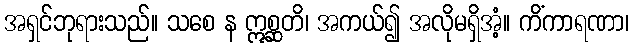
အရှင်ဘုရားသည်။ သစေ န ဣစ္ဆတိ၊ အကယ်၍ အလိုမရှိအံ့။ ကိံကာရဏာ၊